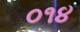
૦૧૪